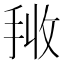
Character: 𭠰